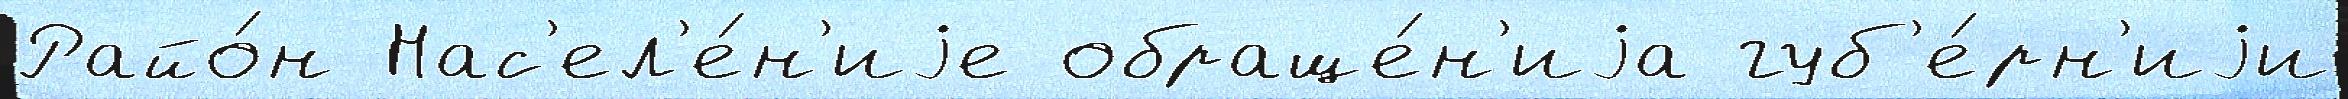
Райо́н Нас'ел'е́н'иjе обраще́н'иjа губ'е́рн'иjи